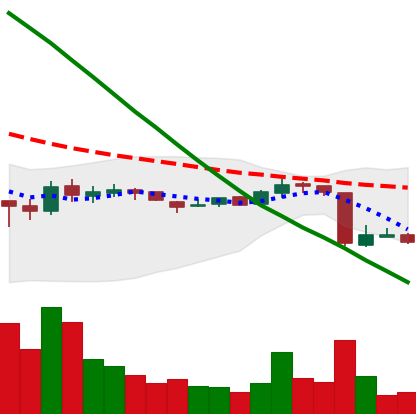
Ticker: ADA-USD
Chart end date: 2018-10-14
Forward return: 6.372%
Label: up_5_7